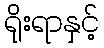
ရိုးရာနှင့်